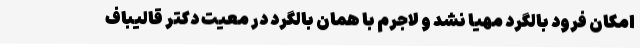
امکان فرود بالگرد مهیا نشد و لاجرم با همان بالگرد در معیت دکتر قالیباف